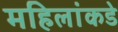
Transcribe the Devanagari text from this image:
महिलांकडे